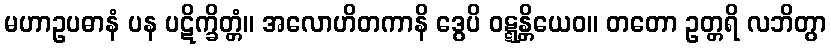
မဟာဥပဓာနံ ပန ပဋိက္ခိတ္တံ။ အလောဟိတကာနိ ဒွေပိ ဝဋ္ဋန္တိယေဝ။ တတော ဥတ္တရိ လဘိတွာ